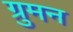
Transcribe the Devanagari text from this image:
ग्रुमन